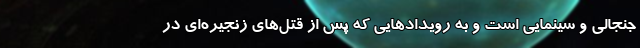
جنجالی و سینمایی است و به رویدادهایی که پس از قتل‌های زنجیره‌ای در